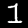
Digit: 1